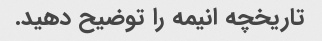
تاریخچه انیمه را توضیح دهید.